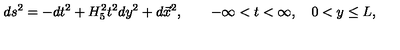
d s ^ { 2 } = - d t ^ { 2 } + H _ { 5 } ^ { 2 } t ^ { 2 } d y ^ { 2 } + d \vec { x } ^ { 2 } , \qquad - \infty < t < \infty , \quad 0 < y \leq L ,